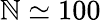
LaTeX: \mathbb{N}\simeq100